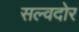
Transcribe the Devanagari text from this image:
सल्वदोर